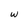
Character: w